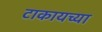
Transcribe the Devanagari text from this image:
टाकायच्या